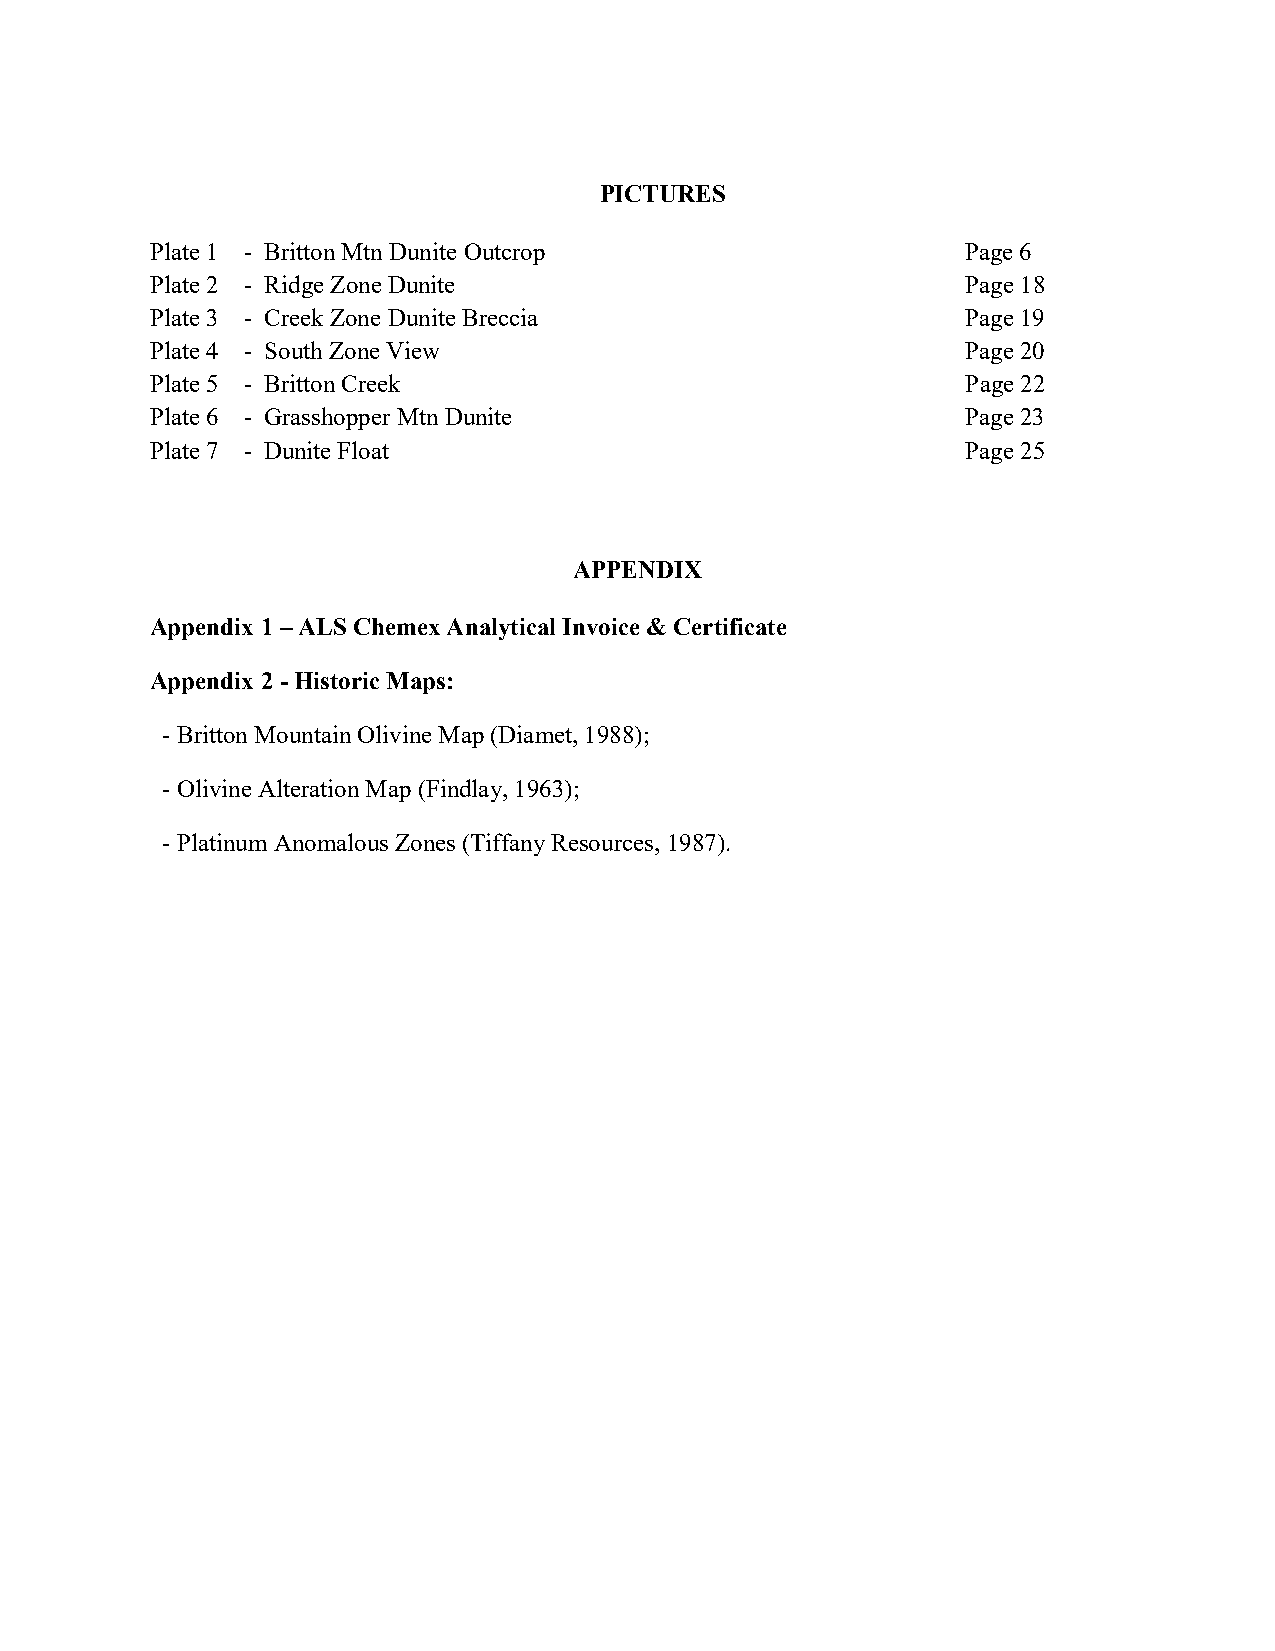
PICTURES
 Plate 1 - Britton Mtn Dunite Outcrop                  Page 6
 Plate 2 - Ridge Zone Dunite                           Page 18
 Plate 3 - Creek Zone Dunite Breccia                   Page 19
 Plate 4 - South Zone View                             Page 20
 Plate 5 - Britton Creek                               Page 22
 Plate 6 - Grasshopper Mtn Dunite                      Page 23
 Plate 7 - Dunite Float                                Page 25
 APPENDIX
 Appendix 1 – ALS Chemex Analytical Invoice & Certificate
 Appendix 2 - Historic Maps:
 - Britton Mountain Olivine Map (Diamet, 1988);
 - Olivine Alteration Map (Findlay, 1963);
 - Platinum Anomalous Zones (Tiffany Resources, 1987).